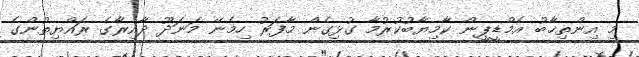
މި އިންތިޚާބު އެމްޑީޕީން ކާމިޔާބުކުރުމާ ގުޅިގެން މާފަރު ހިމެނޭ މަނަދޫ ދާއިރާގެ ރައްޔިތުންގެ